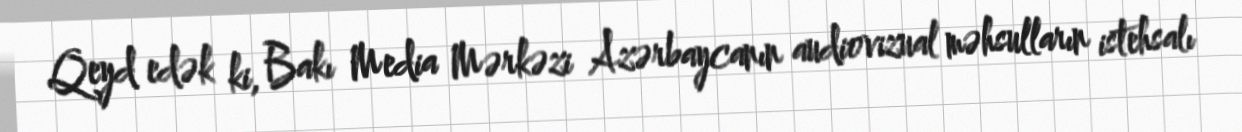
Qeyd edək ki, Bakı Media Mərkəzi Azərbaycanın audiovizual məhsulların istehsalı